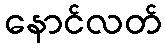
နောင်လတ်